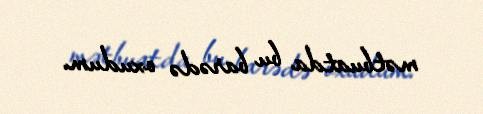
mətbuatda bu barədə oxudum.